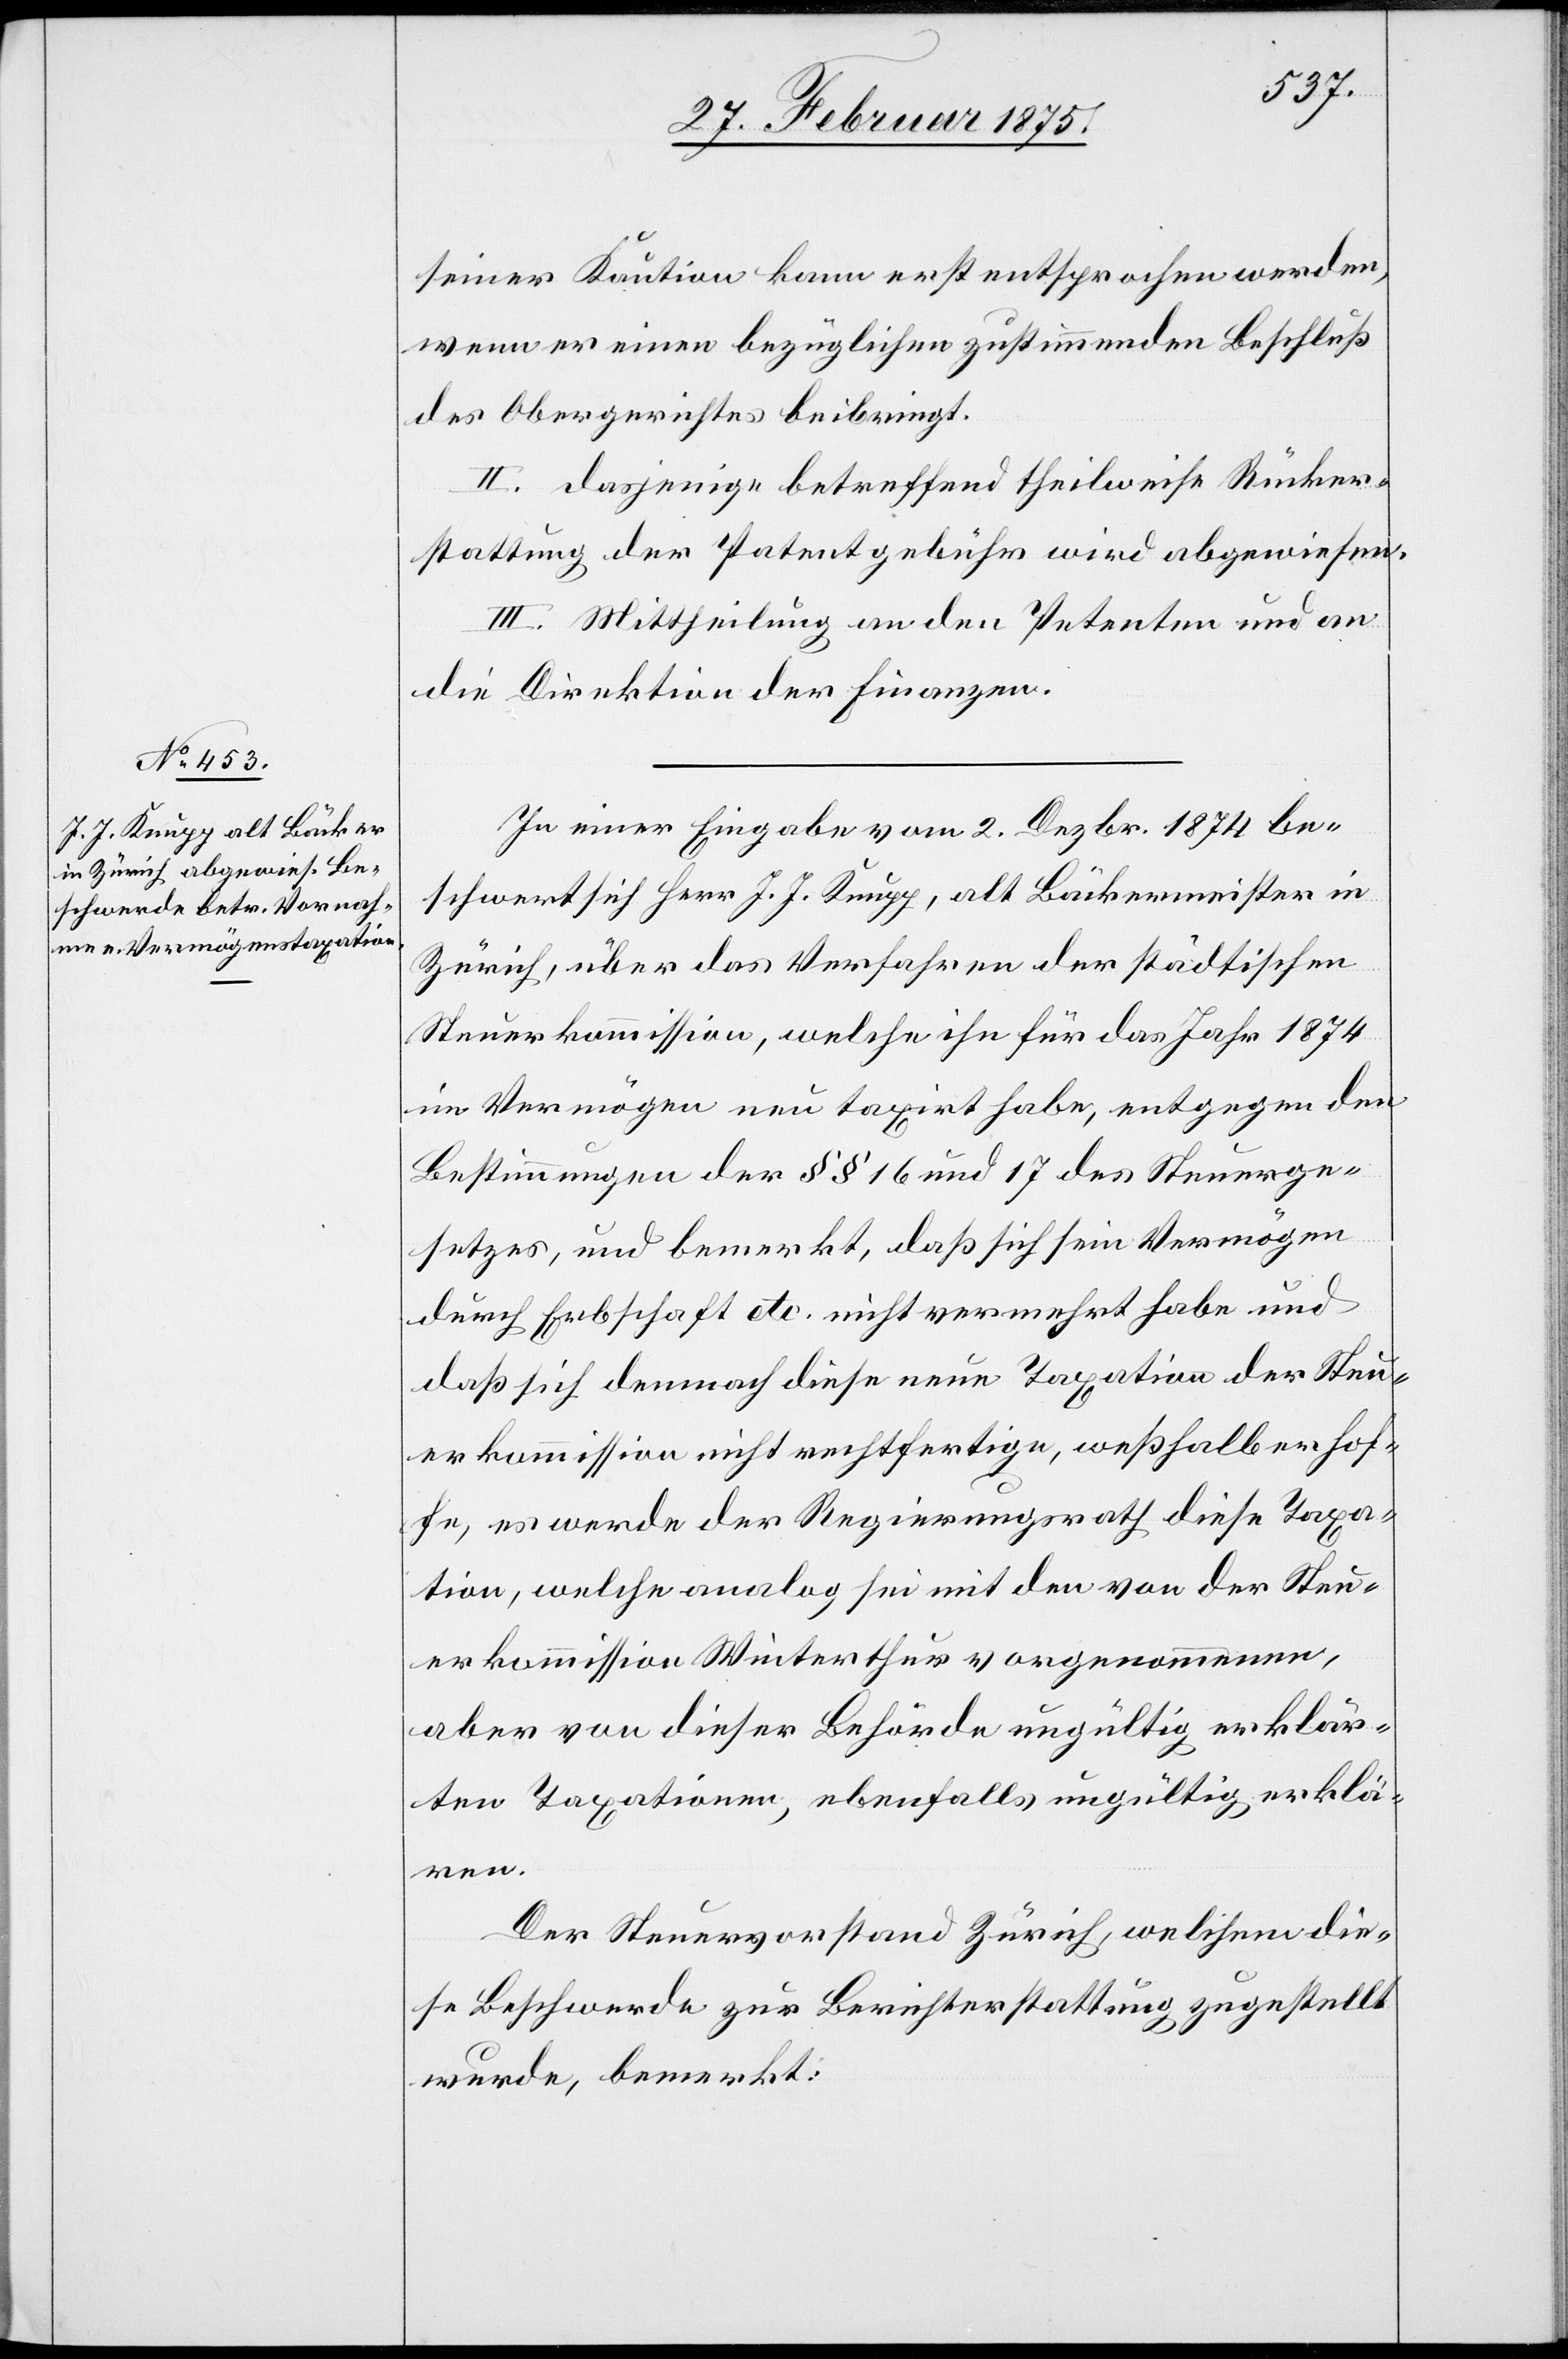
seiner Kaution kann erst entsprochen werden,
wenn er einen bezüglichen zustimmenden Beschluß
des Obergerichtes beibringt.
II. Dasjenige betreffend theilweise Rücker¬
stattung der Patentgebühr wird abgewiesen.
III. Mittheilung an den Petenten und an
die Direktion der Finanzen.
In einer Eingabe vom 2. Dezbr. 1874 be¬
schwert sich Herr J. J. Krupp, alt Bäckermeister in
Zürich, über das Verfahren der städtischen
Steuerkommission, welche ihn für das Jahr 1874
im Vermögen neu taxirt habe, entgegen den
Bestimmungen der §§ 16 und 17 des Steuerge¬
setzes, und bemerkt, daß sich sein Vermögen
durch Erbschaft etc. nicht vermehrt habe und
daß sich demnach diese neue Taxation der Steu¬
erkommission nicht rechtfertige, weßhalben er hof¬
fe, es werde der Regierungsrath diese Taxa¬
tion, welche analog sei mit den von der Steu¬
erkommission Winterthur vorgenommenen,
aber von dieser Behörde ungültig erklär¬
ten Taxationen, ebenfalls ungültig erklä¬
ren.
Der Steuervorstand Zürich, welchem die¬
se Beschwerde zur Berichterstattung zugestellt
wurde, bemerkt: